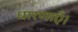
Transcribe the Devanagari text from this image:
धारणाएँ।